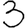
Digit: 3